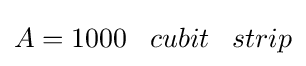
A=1000\;\;\;cubit\;\;\;strip